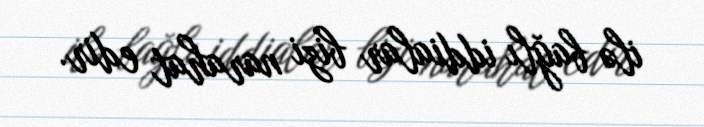
ilə bağlı iddialar bizi narahat edir.